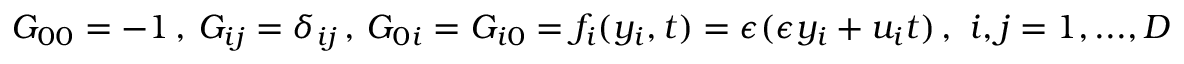
G _ { 0 0 } = - 1 \, , \, G _ { i j } = \delta _ { i j } \, , \, G _ { 0 i } = G _ { i 0 } = f _ { i } ( y _ { i } , t ) = \epsilon ( \epsilon y _ { i } + u _ { i } t ) \, , \, \, i , j = 1 , . . . , D